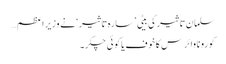
سلمان تاثیر کی بیٹی ’ سارہ تاثیر ‘ نے وزیر اعظم…
کورونا وائرس کاخوف یا کوئی چکر۔